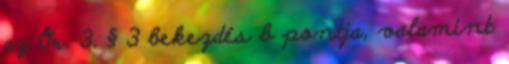
az Ör. 3. § 3 bekezdés b pontja, valamint